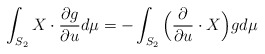
\begin{align*}\int_{S_2}X\cdot\frac{\partial g}{\partial u}d\mu = -\int_{S_2}\Big(\frac{\partial}{\partial u} \cdot X\Big)gd\mu\end{align*}